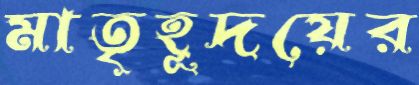
মাতৃহূদয়ের